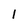
Character: 1